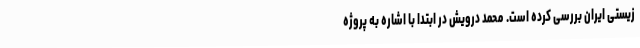
زیستی ایران بررسی کرده است. محمد درویش در ابتدا با اشاره به پروژه